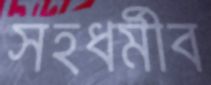
সহধর্মীব